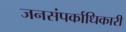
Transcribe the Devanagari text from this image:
जनसंपर्काधिकारी